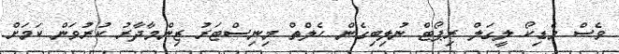
ވެސް މެޑިކޯ ލީގަލް ރިޕޯޓް ނުލިބިގެން ހެލްތް މިނިސްޓަރު ޒިންމާދާރު ކުރުވަން ކަމަށް